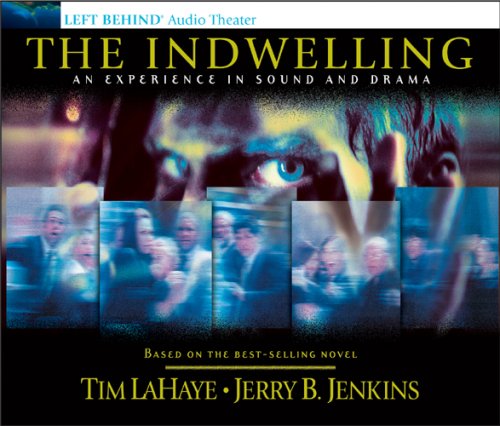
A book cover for The Indwelling: An Experience in Sound and Drama: The Beast Takes Possession (Left Behind); Jerry B. Jenkins; Religion & Spirituality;